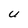
Character: U